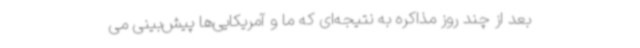
بعد از چند روز مذاکره به نتیجه‌ای که ما و آمریکایی‌ها پیش‌بینی می